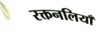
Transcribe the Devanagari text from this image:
रक्तनलियाँ